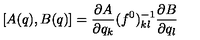
\lbrack A ( q ) , B ( q ) \rbrack = { \frac { \partial A } { \partial q _ { k } } } ( f ^ { 0 } ) _ { k l } ^ { - 1 } { \frac { \partial B } { \partial q _ { l } } }